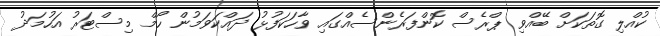
ކުއްލި ގޮތަކަށް ބޭއްވި ޕްރެސް ކޮންފަރެންސެއްގައި ވާހަކަފުޅު ދައްކަވަމުން ހޯމް މިސްޓަރު އަހުމަދު